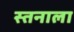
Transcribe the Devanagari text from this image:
स्तनाला